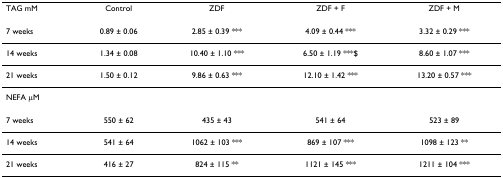
<table><thead><tr><td><b>TAG mM</b></td><td><b>Control</b></td><td><b>ZDF</b></td><td><b>ZDF + F</b></td><td><b>ZDF + M</b></td></tr></thead><tbody><tr><td>7 weeks</td><td>0.89 ± 0.06</td><td>2.85 ± 0.39 ***</td><td>4.09 ± 0.44 ***</td><td>3.32 ± 0.29 ***</td></tr><tr><td>14 weeks</td><td>1.34 ± 0.08</td><td>10.40 ± 1.10 ***</td><td>6.50 ± 1.19 ***$</td><td>8.60 ± 1.07 ***</td></tr><tr><td>21 weeks</td><td>1.50 ± 0.12</td><td>9.86 ± 0.63 ***</td><td>12.10 ± 1.42 ***</td><td>13.20 ± 0.57 ***</td></tr><tr><td>NEFA μM</td><td></td><td></td><td></td><td></td></tr><tr><td>7 weeks</td><td>550 ± 62</td><td>435 ± 43</td><td>541 ± 64</td><td>523 ± 89</td></tr><tr><td>14 weeks</td><td>541 ± 64</td><td>1062 ± 103 ***</td><td>869 ± 107 ***</td><td>1098 ± 123 **</td></tr><tr><td>21 weeks</td><td>416 ± 27</td><td>824 ± 115 **</td><td>1121 ± 145 ***</td><td>1211 ± 104 ***</td></tr></tbody></table>